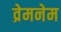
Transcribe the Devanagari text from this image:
व्रेमनेम